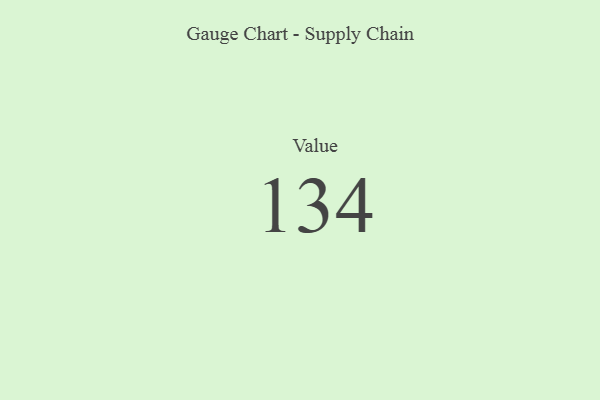
{"axis": {"x": "Metric", "y": "Value"}, "legend": [""], "data": [{"x": "Value", "y": 134, "type": ""}]}